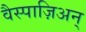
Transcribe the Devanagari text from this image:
वैस्पाज़िअन्